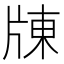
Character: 𤗗